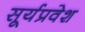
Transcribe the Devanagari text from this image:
सूर्यप्रवेश